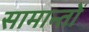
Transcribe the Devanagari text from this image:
सामान्तों